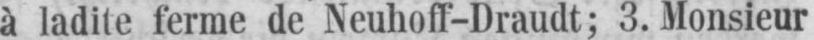
à ladite ferme de Neuhoff-Draudt; 3. Monsieur